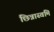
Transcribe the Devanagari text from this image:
छिन्नास्वमि